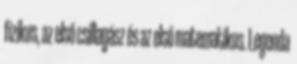
fizikus, az első csillagász és az első matematikus. Legenda